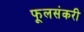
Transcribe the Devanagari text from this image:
फूलसंकरी